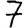
Digit: 7